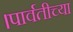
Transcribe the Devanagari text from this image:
।पार्वतीच्या